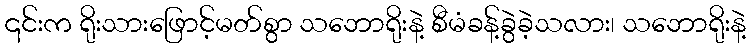
၎င်းက ရိုးသားဖြောင့်မတ်စွာ သဘောရိုးနဲ့ စီမံခန့်ခွဲခဲ့သလား၊ သဘောရိုးနဲ့